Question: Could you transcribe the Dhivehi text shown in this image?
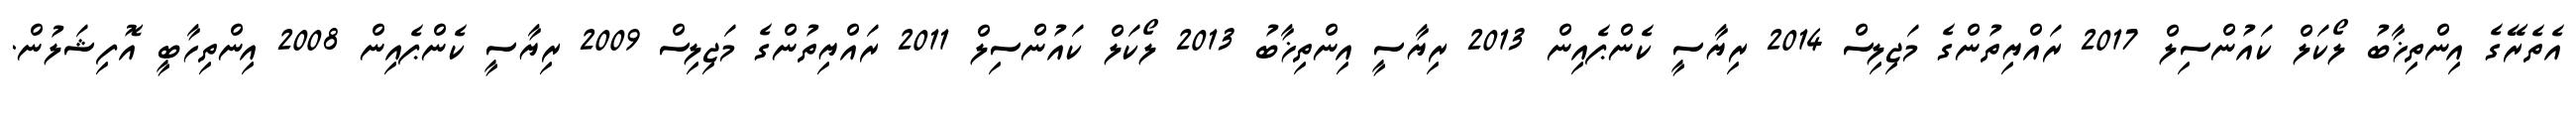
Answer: އެތެރޭގެ އިންތިޚާބު ލޯކަލް ކައުންސިލް 2017 ރައްޔިތުންގެ މަޖިލިސް 2014 ރިޔާސީ ކެންޕެއިން 2013 ރިޔާސީ އިންތިޚާބު 2013 ލޯކަލް ކައުންސިލް 2011 ރައްޔިތުންގެ މަޖިލިސް 2009 ރިޔާސީ ކެންޕެއިން 2008 އިންތިހާބީ އޮފިޝަލުން.